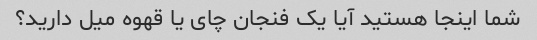
شما اینجا هستید آیا یک فنجان چای یا قهوه میل دارید؟